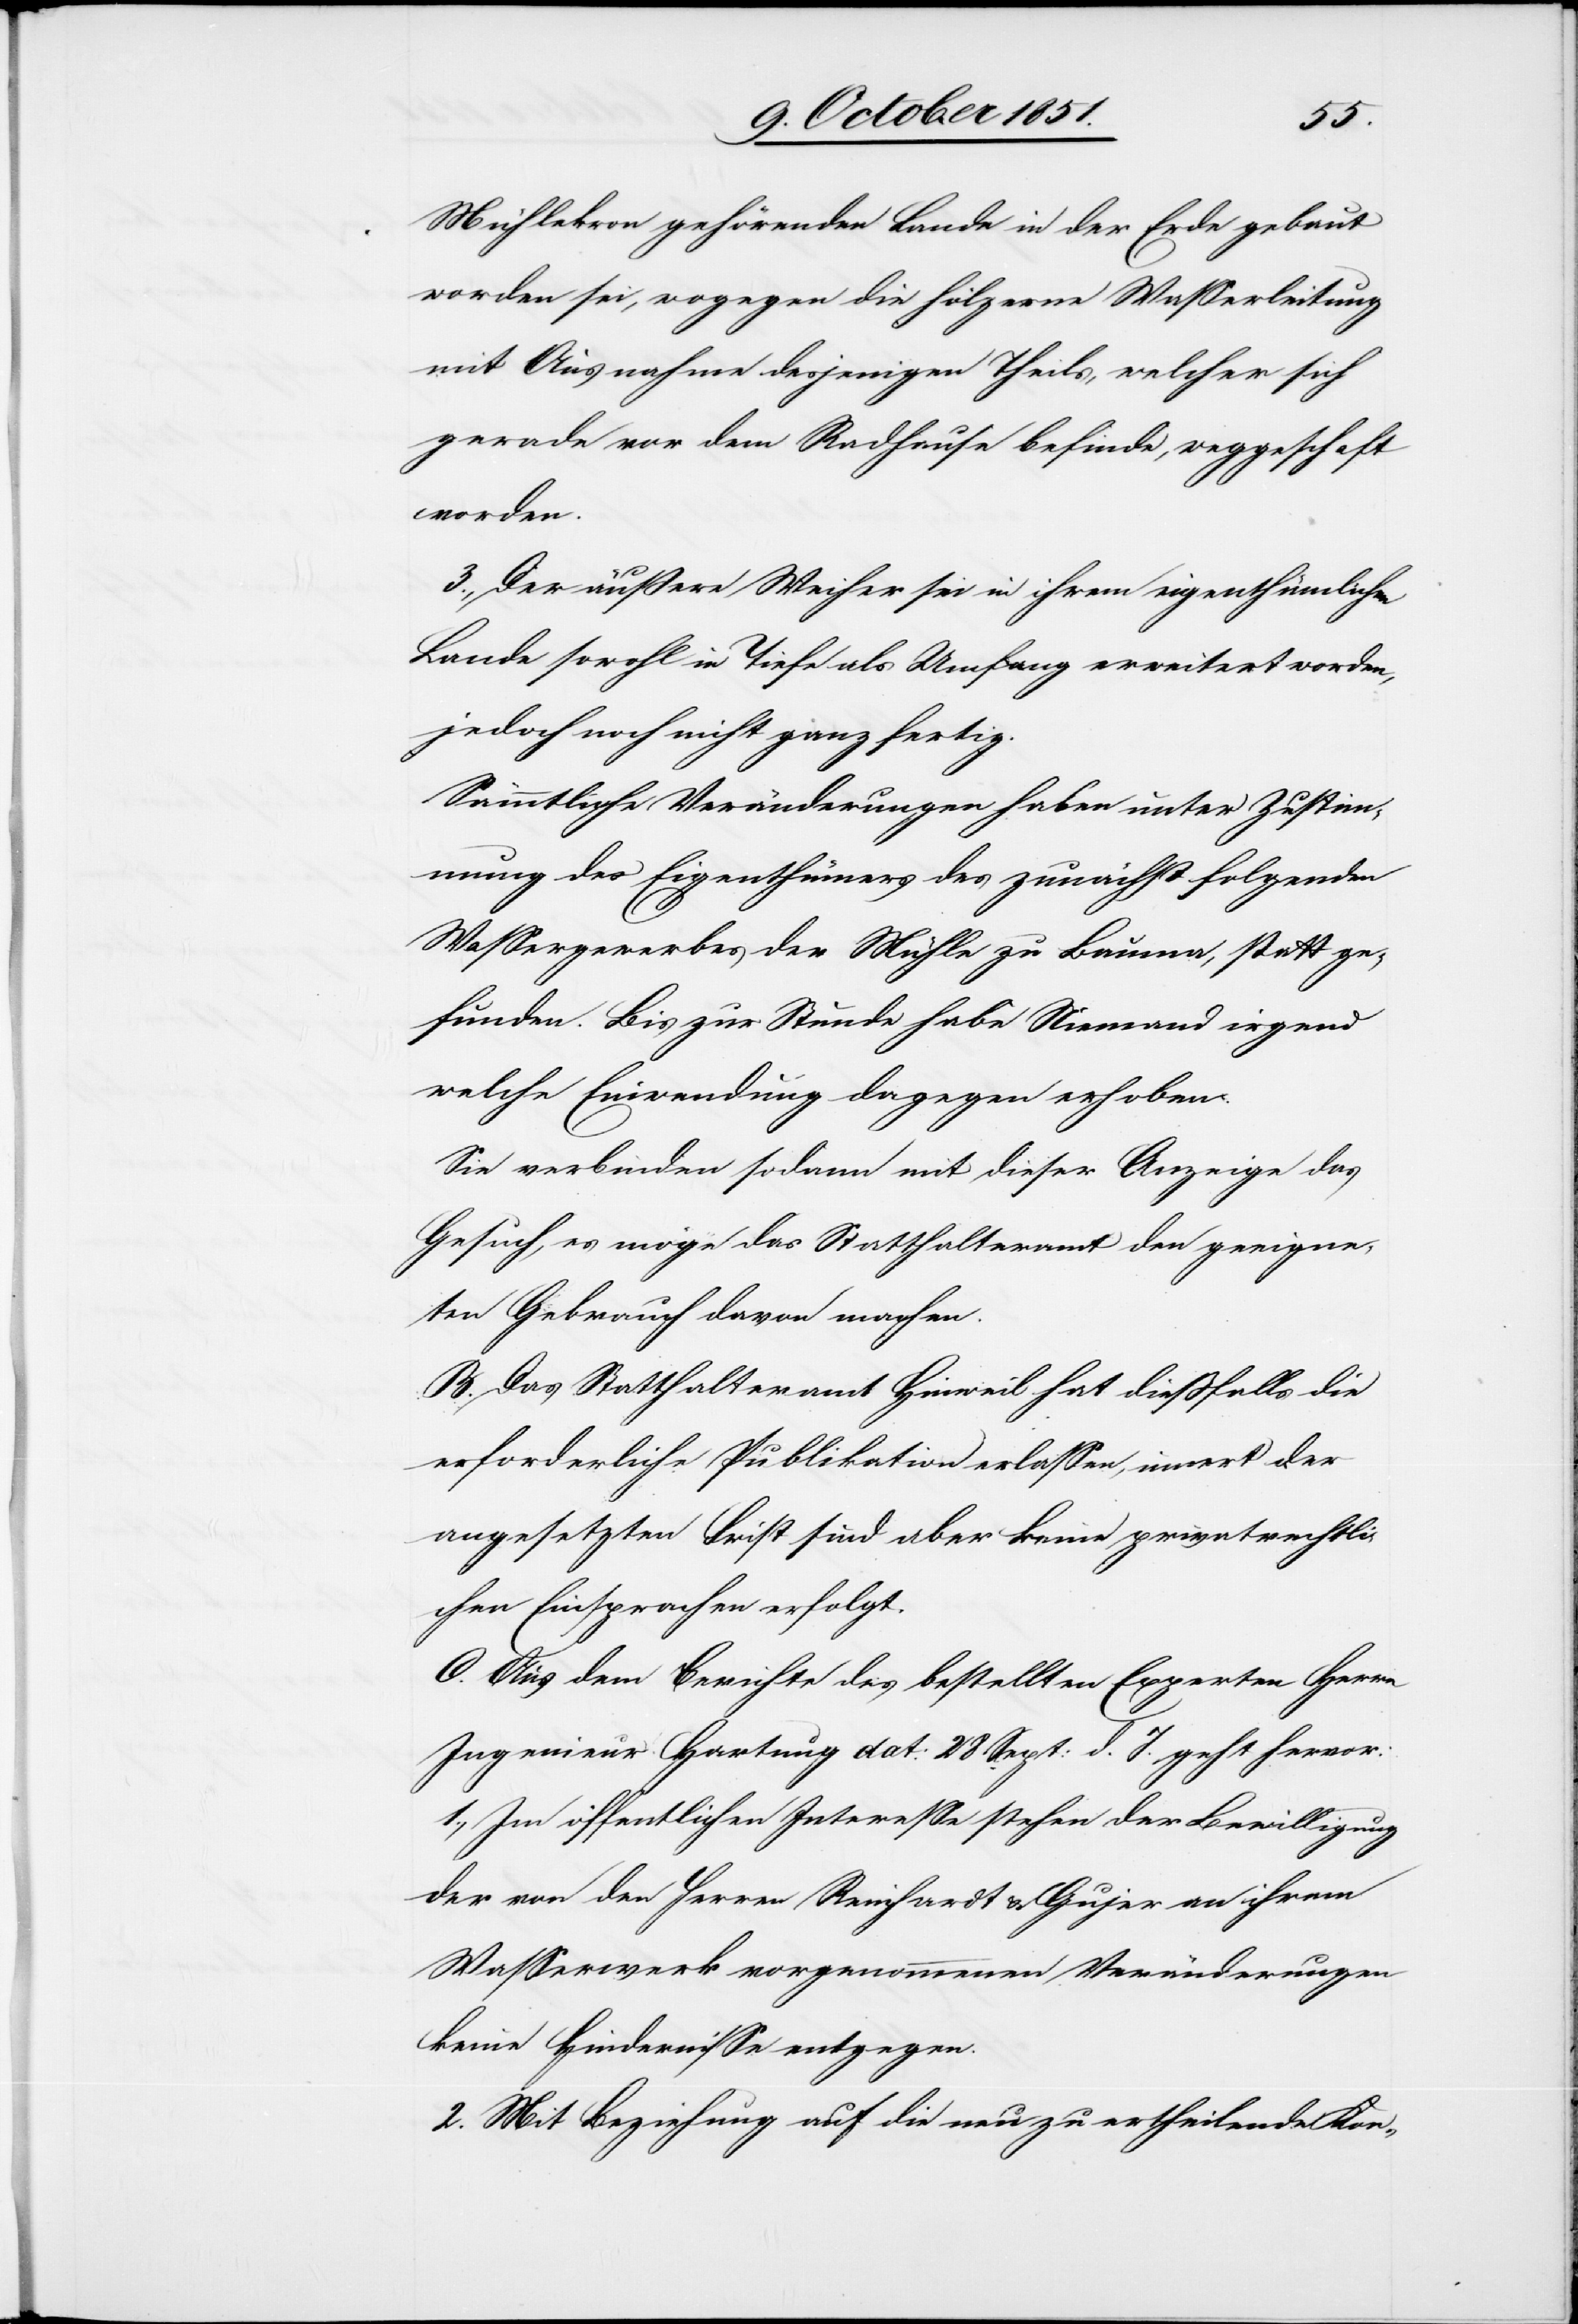
Mühlekron gehörenden Lande in der Erde gebaut
worden sei, wogegen die hölzerne Wasserleitung
mit Ausnahme desjenigen Theils, welcher sich
gerade vor dem Radhause befinde, weggeschaf[f]t
worden.
3., Der äußere Weiher sei in ihrem eigenthümlichen
Lande sowohl in Tiefe als Umfang erweitert worden,
jedoch noch nicht ganz fertig.
Sämmtliche Veränderungen haben unter Zustim¬
mung des Eigenthümers des zunächst folgenden
Wassergewerbes der Mühle zu Bauma, statt ge¬
funden. Bis zur Stunde habe Niemand irgend
welche Einwendung dagegen erhoben.
Sie verbinden sodann mit dieser Anzeige das
Gesuch, es möge das Statthalteramt den geeigne¬
ten Gebrauch davon machen.
B. Das Statthalteramt Hinweil hat dießfalls die
erforderliche Publikation erlassen, innert der
angesetzten Frist sind aber keine privatrechtli¬
chen Einsprachen erfolgt.
C. Aus dem Berichte des bestellten Experten Herrn
Ingenieur Hartung dat: 28 Sept: d. J. geht hervor:
1., Im öffentlichen Interesse stehen der Bewilligung
der von den Herren Reinhardt & Gujer an ihrem
Wasserwerk vorgenommenen Veränderungen
keine Hindernisse entgegen.
2. Mit Beziehung auf die neu zu ertheilende Kon-